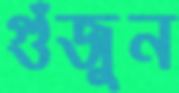
গুঁজুন